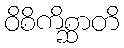
ဝိစိကိစ္ဆာတိ